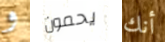
و يحمون أنك